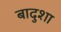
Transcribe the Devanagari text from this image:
बादुशा